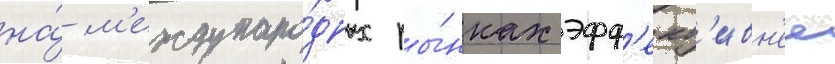
на́ м'еждунаро́дных ры́нках эфф'ект'ивн'ее